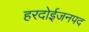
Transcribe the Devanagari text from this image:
हरदोईजनपद